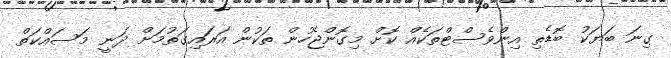
ގިނަ ބަޔަކު ބޮޑެތި އިންވެސްޓްތަކެއް ކޮށް މިގޮންޖެހުން ތަކުން އަރައިގަތުމަށް ދަނީ މަސައްކަތް